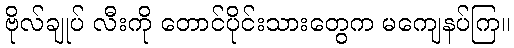
ဗိုလ်ချုပ် လီးကို တောင်ပိုင်းသားတွေက မကျေနပ်ကြ။